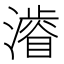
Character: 𱩕